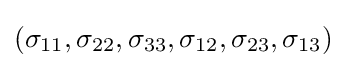
(\sigma _{11},\sigma _{22},\sigma _{33},\sigma _{12},\sigma _{23},\sigma _{13})\,\!